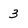
Character: 3